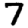
Digit: 7